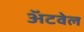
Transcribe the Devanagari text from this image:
अॅटवेल